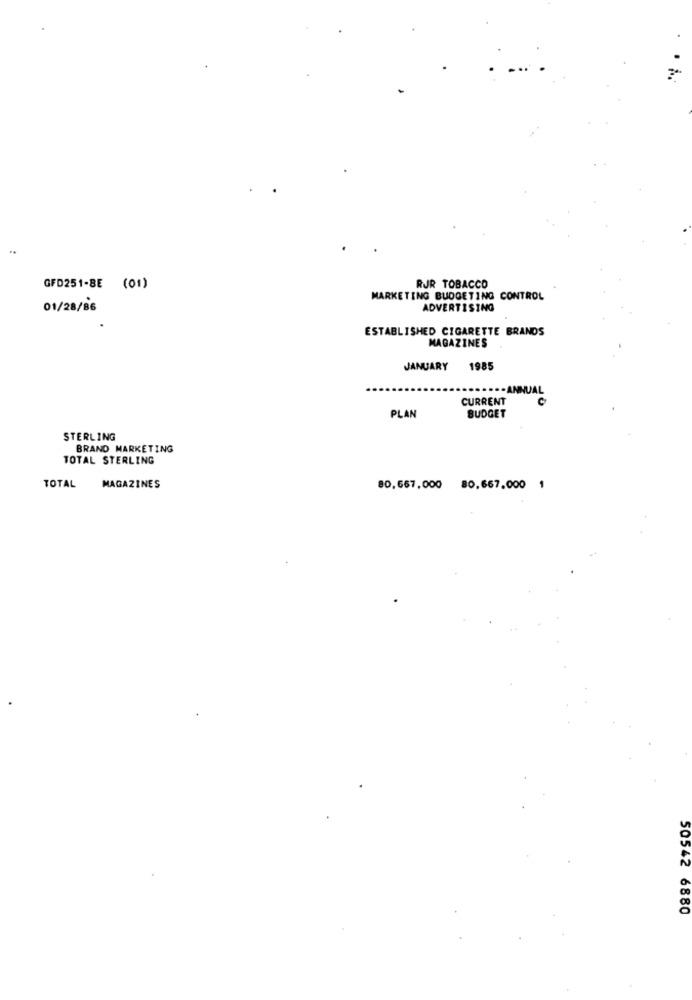
GFD251-BE (01)
RJR TOBACCO
MARKETING BUDGETING CONTROL
01/28/86
ADVERTISING
ESTABLISHED CIGARETTE BRANDS
MAGAZINES
JANUARY 1985
CURRENT
BUDGET
PLAN
STERLING
BRAND MARKETING
TOTAL STERLING
TOTAL MAGAZINES
80,657,000 80,667.000 1
50542 6880